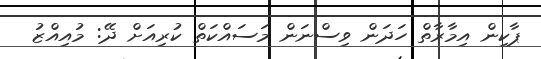
ޕާކިން އިމާރާތް ހަދަން ވިސްނަން މަސައްކަތް ކުރިއަށް ދޭ: މުއިއްޒު